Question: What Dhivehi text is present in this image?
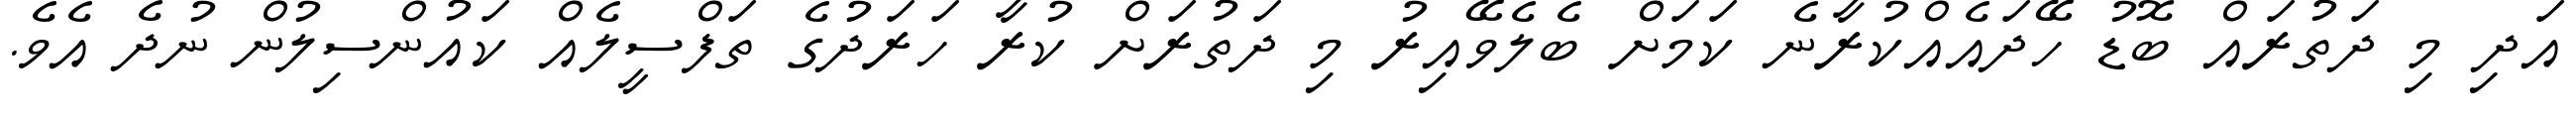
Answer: އަދި މި ދަތުރައް ބޮޑު ހޭދައެއްކުރާނެ ކަމަށް ބެލެވޭއިރު މި ދަތުރަށް ކުރާ ހަރަދުގެ ތަފްސީލެއް ކައުންސިލުން ނުދެ އެވެ.